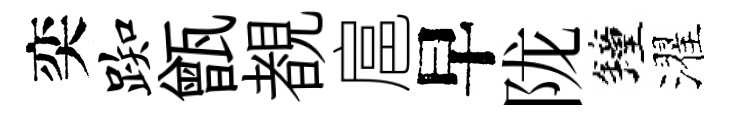
奕踟甑覩扈早陇鐘濯